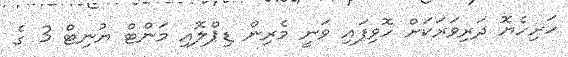
ހަށިހެޔޮ ދަރިވަރަކަށް ހޮވިފައި ވަނީ މެރިން ޑިޕްލޮއި މަންޓް ޔުނިޓް 3 ގެ